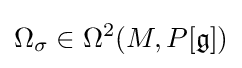
\Omega _{\sigma }\in \Omega ^{2}(M,P[{\mathfrak {g}}])